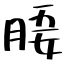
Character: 𣍲